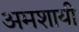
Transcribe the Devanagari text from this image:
अमशायी